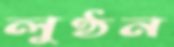
লুণ্ঠন